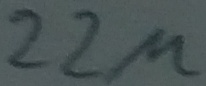
Text: 22µ